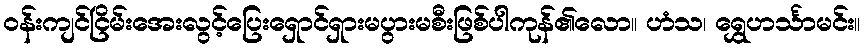
ဝန်းကျင်ငြိမ်းအေးလွင့်ပြေးရှောင်ရှားမပွားမစီးဖြစ်ပါကုန်၏လော။ ဟံသ၊ ရွှေဟင်္သာမင်း။